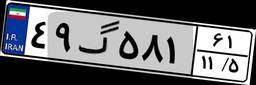
۴۹گ۵۸۱۶۱